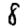
Digit: 8